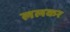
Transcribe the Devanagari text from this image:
ललकर